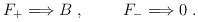
LaTeX: \begin{align*}F_{+} \Longrightarrow B \ , \qquad \ F_{-}\Longrightarrow 0 \ .\end{align*}